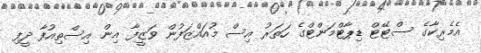
އެމެރިކާގެ ސްޓޭޓް ޑިޕާޓްމަންޓްގެ ހަތަރު އިސް މުއައްޒަފުން ވަޒީފާ އިން އިސްތިއުފާ ދީފި